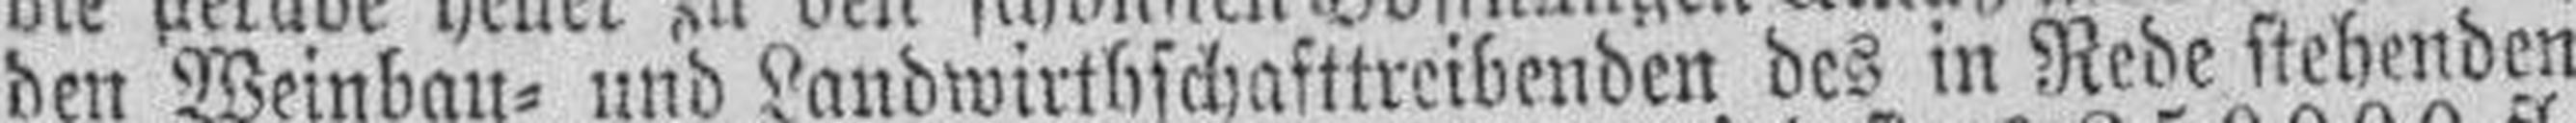
den Weinbau= und Landwirthschafttreibenden des in Rede stehenden